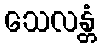
သေလန္တံ